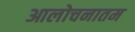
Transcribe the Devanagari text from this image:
आलोचनातम